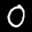
Label: 0